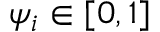
\psi _ { i } \in [ 0 , 1 ]